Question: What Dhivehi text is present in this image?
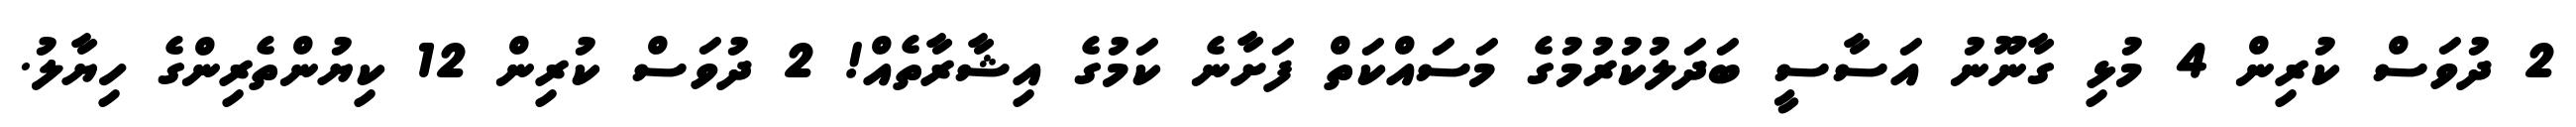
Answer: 2 ދުވަސް ކުރިން 4 މުޅި ގާނޫނު އަސާސީ ބަދަލުކުރުމުގެ މަސައްކަތް ފަށާނެ ކަމުގެ އިޝާރާތެއް! 2 ދުވަސް ކުރިން 12 ކިޔުންތެރިންގެ ހިޔާލު.